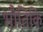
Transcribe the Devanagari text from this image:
भौतिकि